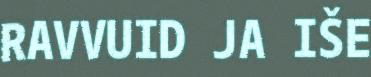
RAVVUID JA IŠE